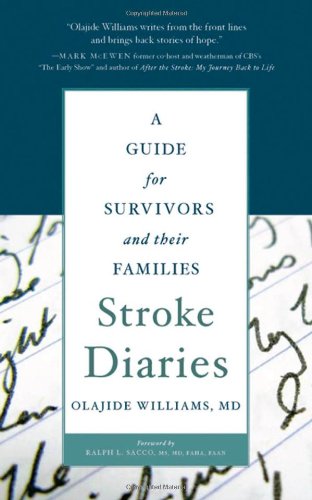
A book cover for Stroke Diaries: A Guide for Survivors and their Families; Olajide Williams  MD; Health, Fitness & Dieting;